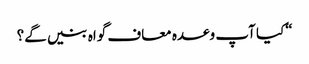
“کیا آپ وعدہ معاف گواہ بنیں گے؟